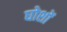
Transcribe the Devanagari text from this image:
घोशों